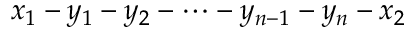
x _ { 1 } - y _ { 1 } - y _ { 2 } - \dots - y _ { n - 1 } - y _ { n } - x _ { 2 }